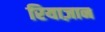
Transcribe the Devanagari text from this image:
रियाज़ान